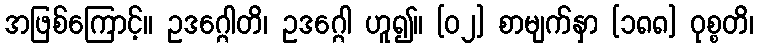
အဖြစ်ကြောင့်။ ဥဒဂ္ဂေါတိ၊ ဥဒဂ္ဂေါ ဟူ၍။ [၀၂] စာမျက်နှာ [၁၈၈] ဝုစ္စတိ၊